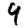
Digit: 9